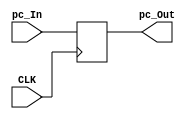
`timescale 1ns / 1ps

module pc # (  parameter WL = 32 )
(
    input CLK,
    input [WL - 1 : 0] pc_In,
    output reg [WL - 1 : 0] pc_Out
);
    wire [WL - 1 : 0] pc;
    assign pc = pc_In;
    
    initial pc_Out <= 0;
    always @ (posedge CLK) pc_Out <= pc_In;
    
endmodule